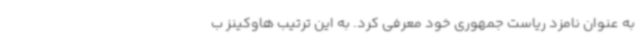
به عنوان نامزد ریاست جمهوری خود معرفی کرد. به این ترتیب هاوکینز ب